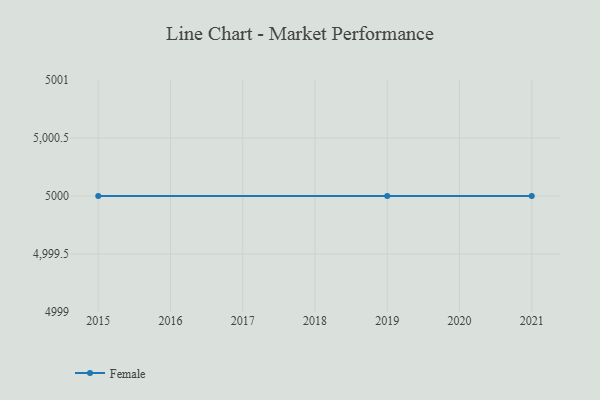
{"axis": {"x": "Year", "y": "Customer Acquisition Cost (USD)"}, "legend": ["Female"], "data": [{"x": "2019", "y": 5000, "type": "Female"}, {"x": "2015", "y": 5000, "type": "Female"}, {"x": "2021", "y": 5000, "type": "Female"}]}